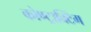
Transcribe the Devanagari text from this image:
कोण्ट्राक्टिंग